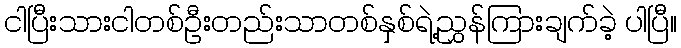
ငါပြီးသားငါတစ်ဦးတည်းသာတစ်နှစ်ရဲ့ညွှန်ကြားချက်ခဲ့ ပါပြီ။